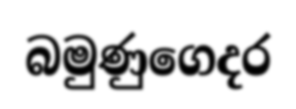
බමුණුගෙදර